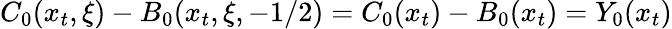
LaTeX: C_{0}(x_{t},\xi)-B_{0}(x_{t},\xi,-1/2)=C_{0}(x_{t})-B_{0}(x_{t})=Y_{0}(x_{t})